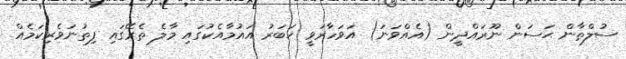
ސުލްޠާން ޙަސަން ނޫރައްދީން (އެއްވަނަ) އަވަހާރަވީ ޚަބަރު އައުމާއެކުގައި މާލެ ތެރޭގައި ފިތުނަވެރިކަމެއް